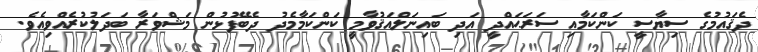
ދެޤައުމުގެ ސިޔާސީ ކަންކަމާއި ސަރަޙައްދީ އަދި ބައިނަލްއަޤުވާމީ ކަންކަމާމެދު ދެބޭފުޅުން މަޝްވަރާ ބަދަލުކުރެއްވިއެވެ.